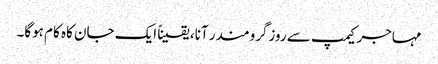
مہاجر کیمپ سے روزگرومندر آنا، یقیناً ایک جان کاہ کام ہوگا۔